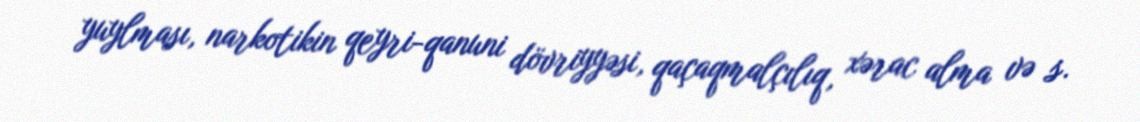
yuylması, narkotikin qeyri-qanuni dövriyyəsi, qaçaqmalçılıq, xərac alma və s.